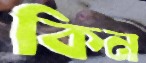
কিন